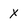
Character: x